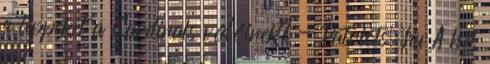
a tippeket a Cardinals védőinek? - Patriots.hu A hét